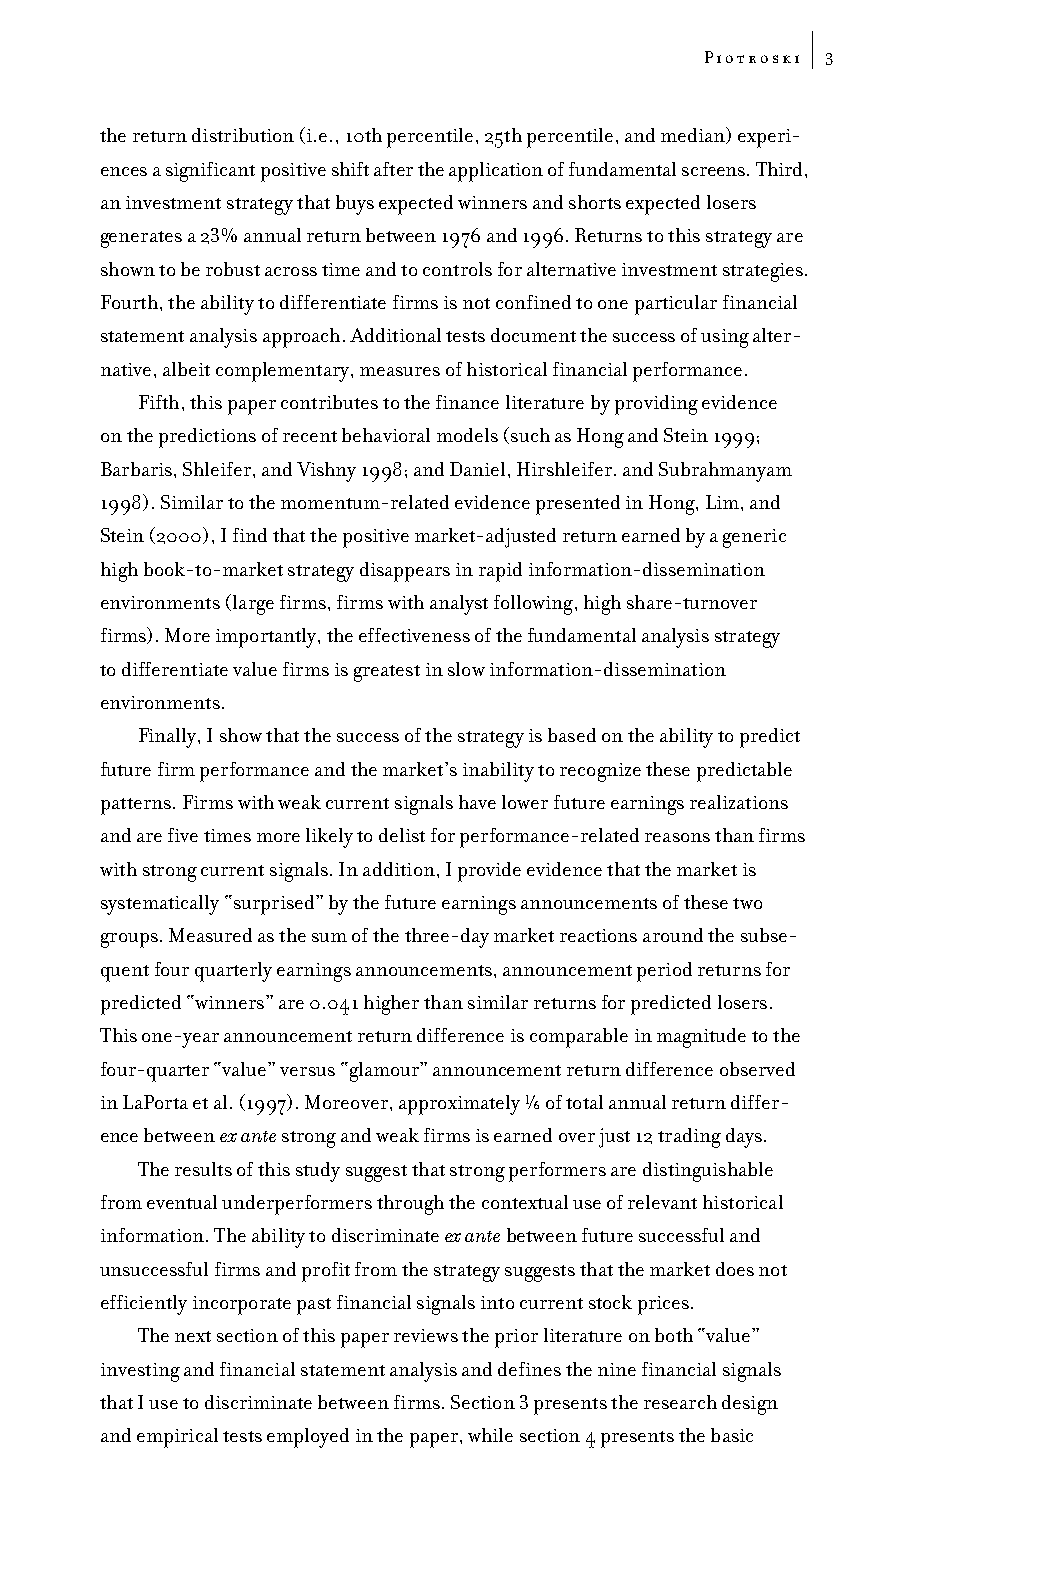
Piotroski
 3
 the return distribution (i.e., 10th percentile, 25th percentile, and median) experi-
 ences a significant positive shift after the application of fundamental screens. Third,
 an investment strategy that buys expected winners and shorts expected losers
 generates a 23% annual return between 1976 and 1996. Returns to this strategy are
 shown to be robust across time and to controls for alternative investment strategies.
 Fourth, the ability to differentiate firms is not confined to one particular financial
 statement analysis approach. Additional tests document the success of using alter-
 native, albeit complementary, measures of historical financial performance.
 Fifth, this paper contributes to the finance literature by providing evidence
 on the predictions of recent behavioral models (such as Hong and Stein 1999;
 Barbaris, Shleifer, and Vishny 1998; and Daniel, Hirshleifer. and Subrahmanyam
 1998). Similar to the momentum-related evidence presented in Hong, Lim, and
 Stein (2000), I find that the positive market-adjusted return earned by a generic
 high book-to-market strategy disappears in rapid information-dissemination
 environments (large firms, firms with analyst following, high share-turnover
 firms). More importantly, the effectiveness of the fundamental analysis strategy
 to differentiate value firms is greatest in slow information-dissemination
 environments.
 Finally, I show that the success of the strategy is based on the ability to predict
 future firm performance and the market’s inability to recognize these predictable
 patterns. Firms with weak current signals have lower future earnings realizations
 and are five times more likely to delist for performance-related reasons than firms
 with strong current signals. In addition, I provide evidence that the market is
 systematically “surprised” by the future earnings announcements of these two
 groups. Measured as the sum of the three-day market reactions around the subse-
 quent four quarterly earnings announcements, announcement period returns for
 predicted “winners” are 0.041 higher than similar returns for predicted losers.
 This one-year announcement return difference is comparable in magnitude to the
 four-quarter “value” versus “glamour” announcement return difference observed
 Ò/^
 in LaPorta et al. (1997). Moreover, approximately of total annual return differ-
 ence between ex antestrong and weak firms is earned over just 12 trading days.
 The results of this study suggest that strong performers are distinguishable
 from eventual underperformers through the contextual use of relevant historical
 information. The ability to discriminate ex antebetween future successful and
 unsuccessful firms and profit from the strategy suggests that the market does not
 efficiently incorporate past financial signals into current stock prices.
 The next section of this paper reviews the prior literature on both “value”
 investing and financial statement analysis and defines the nine financial signals
 that I use to discriminate between firms. Section 3 presents the research design
 and empirical tests employed in the paper, while section 4 presents the basic